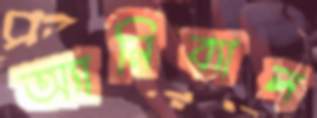
অ্যানিব্যাল